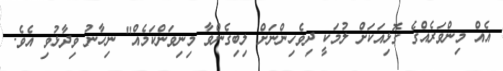
އެއް މިންވަރެއްގެ ގޮޅިއަކަށް ލުމަކީ ދިވެހިންނަށް ލިބިގެންވާ މިިނިވަންކަމެއް" ނިހާނު ވިދާޅުވި އެވެ.